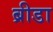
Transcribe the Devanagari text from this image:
ब्रीडा